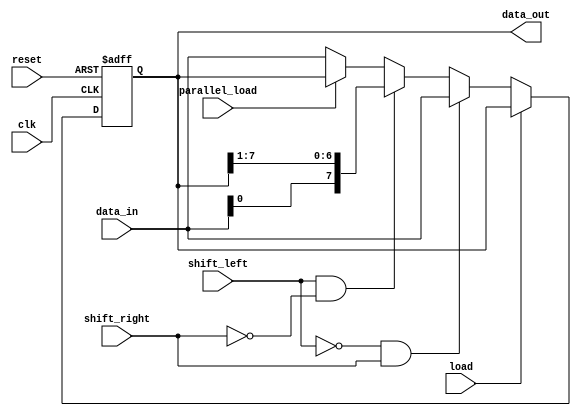
module UniversalShiftRegister (
    input wire clk,
    input wire reset,
    input wire shift_left,
    input wire shift_right,
    input wire load,
    input wire parallel_load,
    input wire [7:0] data_in,
    
    output reg [7:0] data_out
);

reg [7:0] shift_reg;

always @(posedge clk or negedge reset) begin
    if (reset == 0) begin
        shift_reg <= 8'h00;
    end else if (load == 0) begin
        if (shift_left == 0 && shift_right == 1) begin
            shift_reg <= {shift_reg[6:0], data_in};
        end else if (shift_left == 1 && shift_right == 0) begin
            shift_reg <= {data_in, shift_reg[7:1]};
        end else if (parallel_load == 0) begin
            shift_reg <= data_in;
        end
    end
end

assign data_out = shift_reg;

endmodule